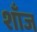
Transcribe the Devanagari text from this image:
शाँज